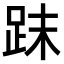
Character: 𧿴